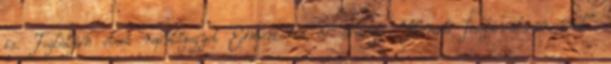
is. Foglaljon olcsó repülőjegyet Edmontonba és élvezze "Kanada fesztiválvárosának"